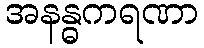
အနန္ဓကရဏာ